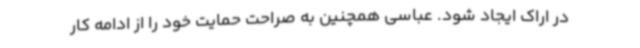
در اراک ایجاد شود. عباسی همچنین به صراحت حمایت خود را از ادامه کار